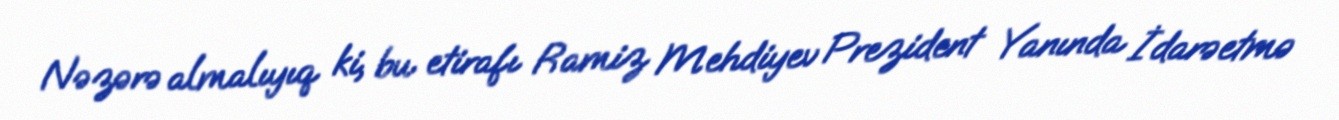
Nəzərə almalıyıq ki, bu etirafı Ramiz Mehdiyev Prezident Yanında İdarəetmə